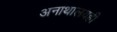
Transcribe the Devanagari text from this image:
अनाथालयही